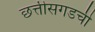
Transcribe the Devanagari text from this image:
छत्तीसगडची